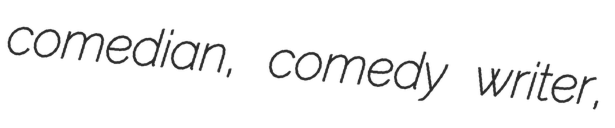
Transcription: comedian, comedy writer,